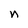
Character: n